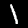
Label: 1